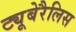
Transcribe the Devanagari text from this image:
ट्यूबेरैलिस